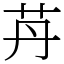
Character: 䒟